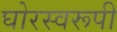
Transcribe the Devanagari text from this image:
घोरस्वरूपी